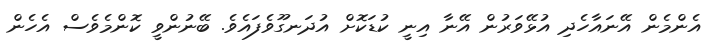
އެންމެން އޭނައާހެދި އުޅޭވަރުން އޭނާ އިނީ ކުޑަކޮށް އުދަނގޫވެފައެވެ. ބޭނުންވީ ކޮންމެވެސް އެހެން